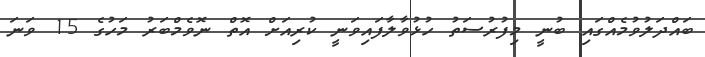
ބައްދަލުވުމެއްގައި ބުނީ މިފުރުސަތު ހުޅުވާލާފައިވަނީ ކުރިއަށް އޮތް ނޮވެމްބަރު މަހުގެ 15 ވަނަ